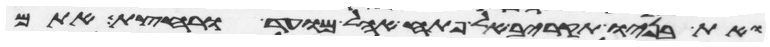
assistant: ואת בניו תקריב אל פתח אהל מועד ורחצת אתם